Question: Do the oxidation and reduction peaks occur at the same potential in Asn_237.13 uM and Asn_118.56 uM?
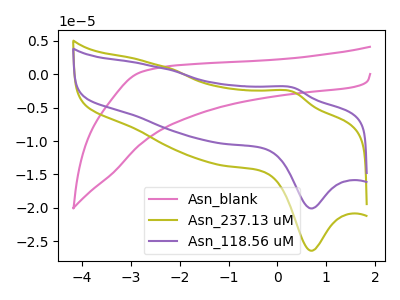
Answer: <think>The pink curve "Asn_blank" has no peaks. The olive curve "Asn_237.13 uM" has an anodic peak at (0.30V, -2.65uA) and a cathodic peak at (0.70V, -26.40uA). The purple curve "Asn_118.56 uM" has an anodic peak at (0.30V, -2.00uA) and a cathodic peak at (0.70V, -20.10uA).</think>
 <answer>Yes, "Asn_237.13 uM" have a peak in "Asn_118.56 uM" at the same potential.</answer>
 <eval>match</eval>